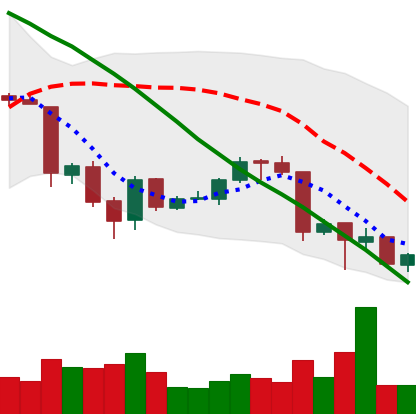
Ticker: ETH-USD
Chart end date: 2018-06-27
Forward return: 7.456%
Label: up_7plus